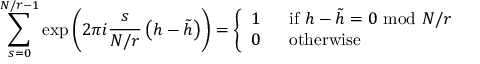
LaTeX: \sum _ { s = 0 } ^ { N / r - 1 } \exp \left( 2 \pi i \frac { s } { N / r } \left( h - \tilde { h } \right) \right) = \left\{ \begin{array} { l l } { { 1 } } & { { ~ ~ \mathrm { i f ~ } h - \tilde { h } = 0 ~ \mathrm { m o d } ~ N / r } } \\ { { 0 } } & { { ~ ~ \mathrm { o t h e r w i s e } } } \end{array} \right.